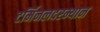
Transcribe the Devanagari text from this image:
टर्मिनलदरम्यान